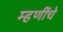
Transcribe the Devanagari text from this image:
म्हणींचे